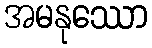
အမနုဿော